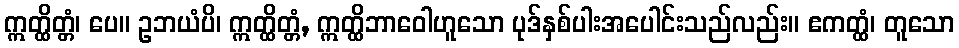
ဣတ္ထိတ္တံ၊ ပေ။ ဥဘယံပိ၊ ဣတ္ထိတ္တံ, ဣတ္ထိဘာဝေါဟူသော ပုဒ်နှစ်ပါးအပေါင်းသည်လည်း။ ဧကတ္ထံ၊ တူသော